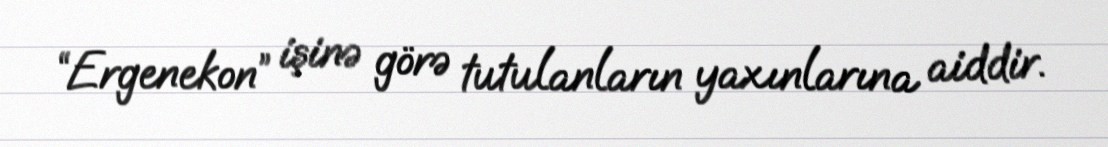
“Ergenekon” işinə görə tutulanların yaxınlarına aiddir.